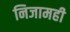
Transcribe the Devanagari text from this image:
निजामही